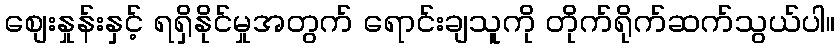
စျေးနှုန်းနှင့် ရရှိနိုင်မှုအတွက် ရောင်းချသူကို တိုက်ရိုက်ဆက်သွယ်ပါ။